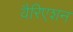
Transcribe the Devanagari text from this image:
वैरिएशन